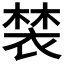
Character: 𧛀